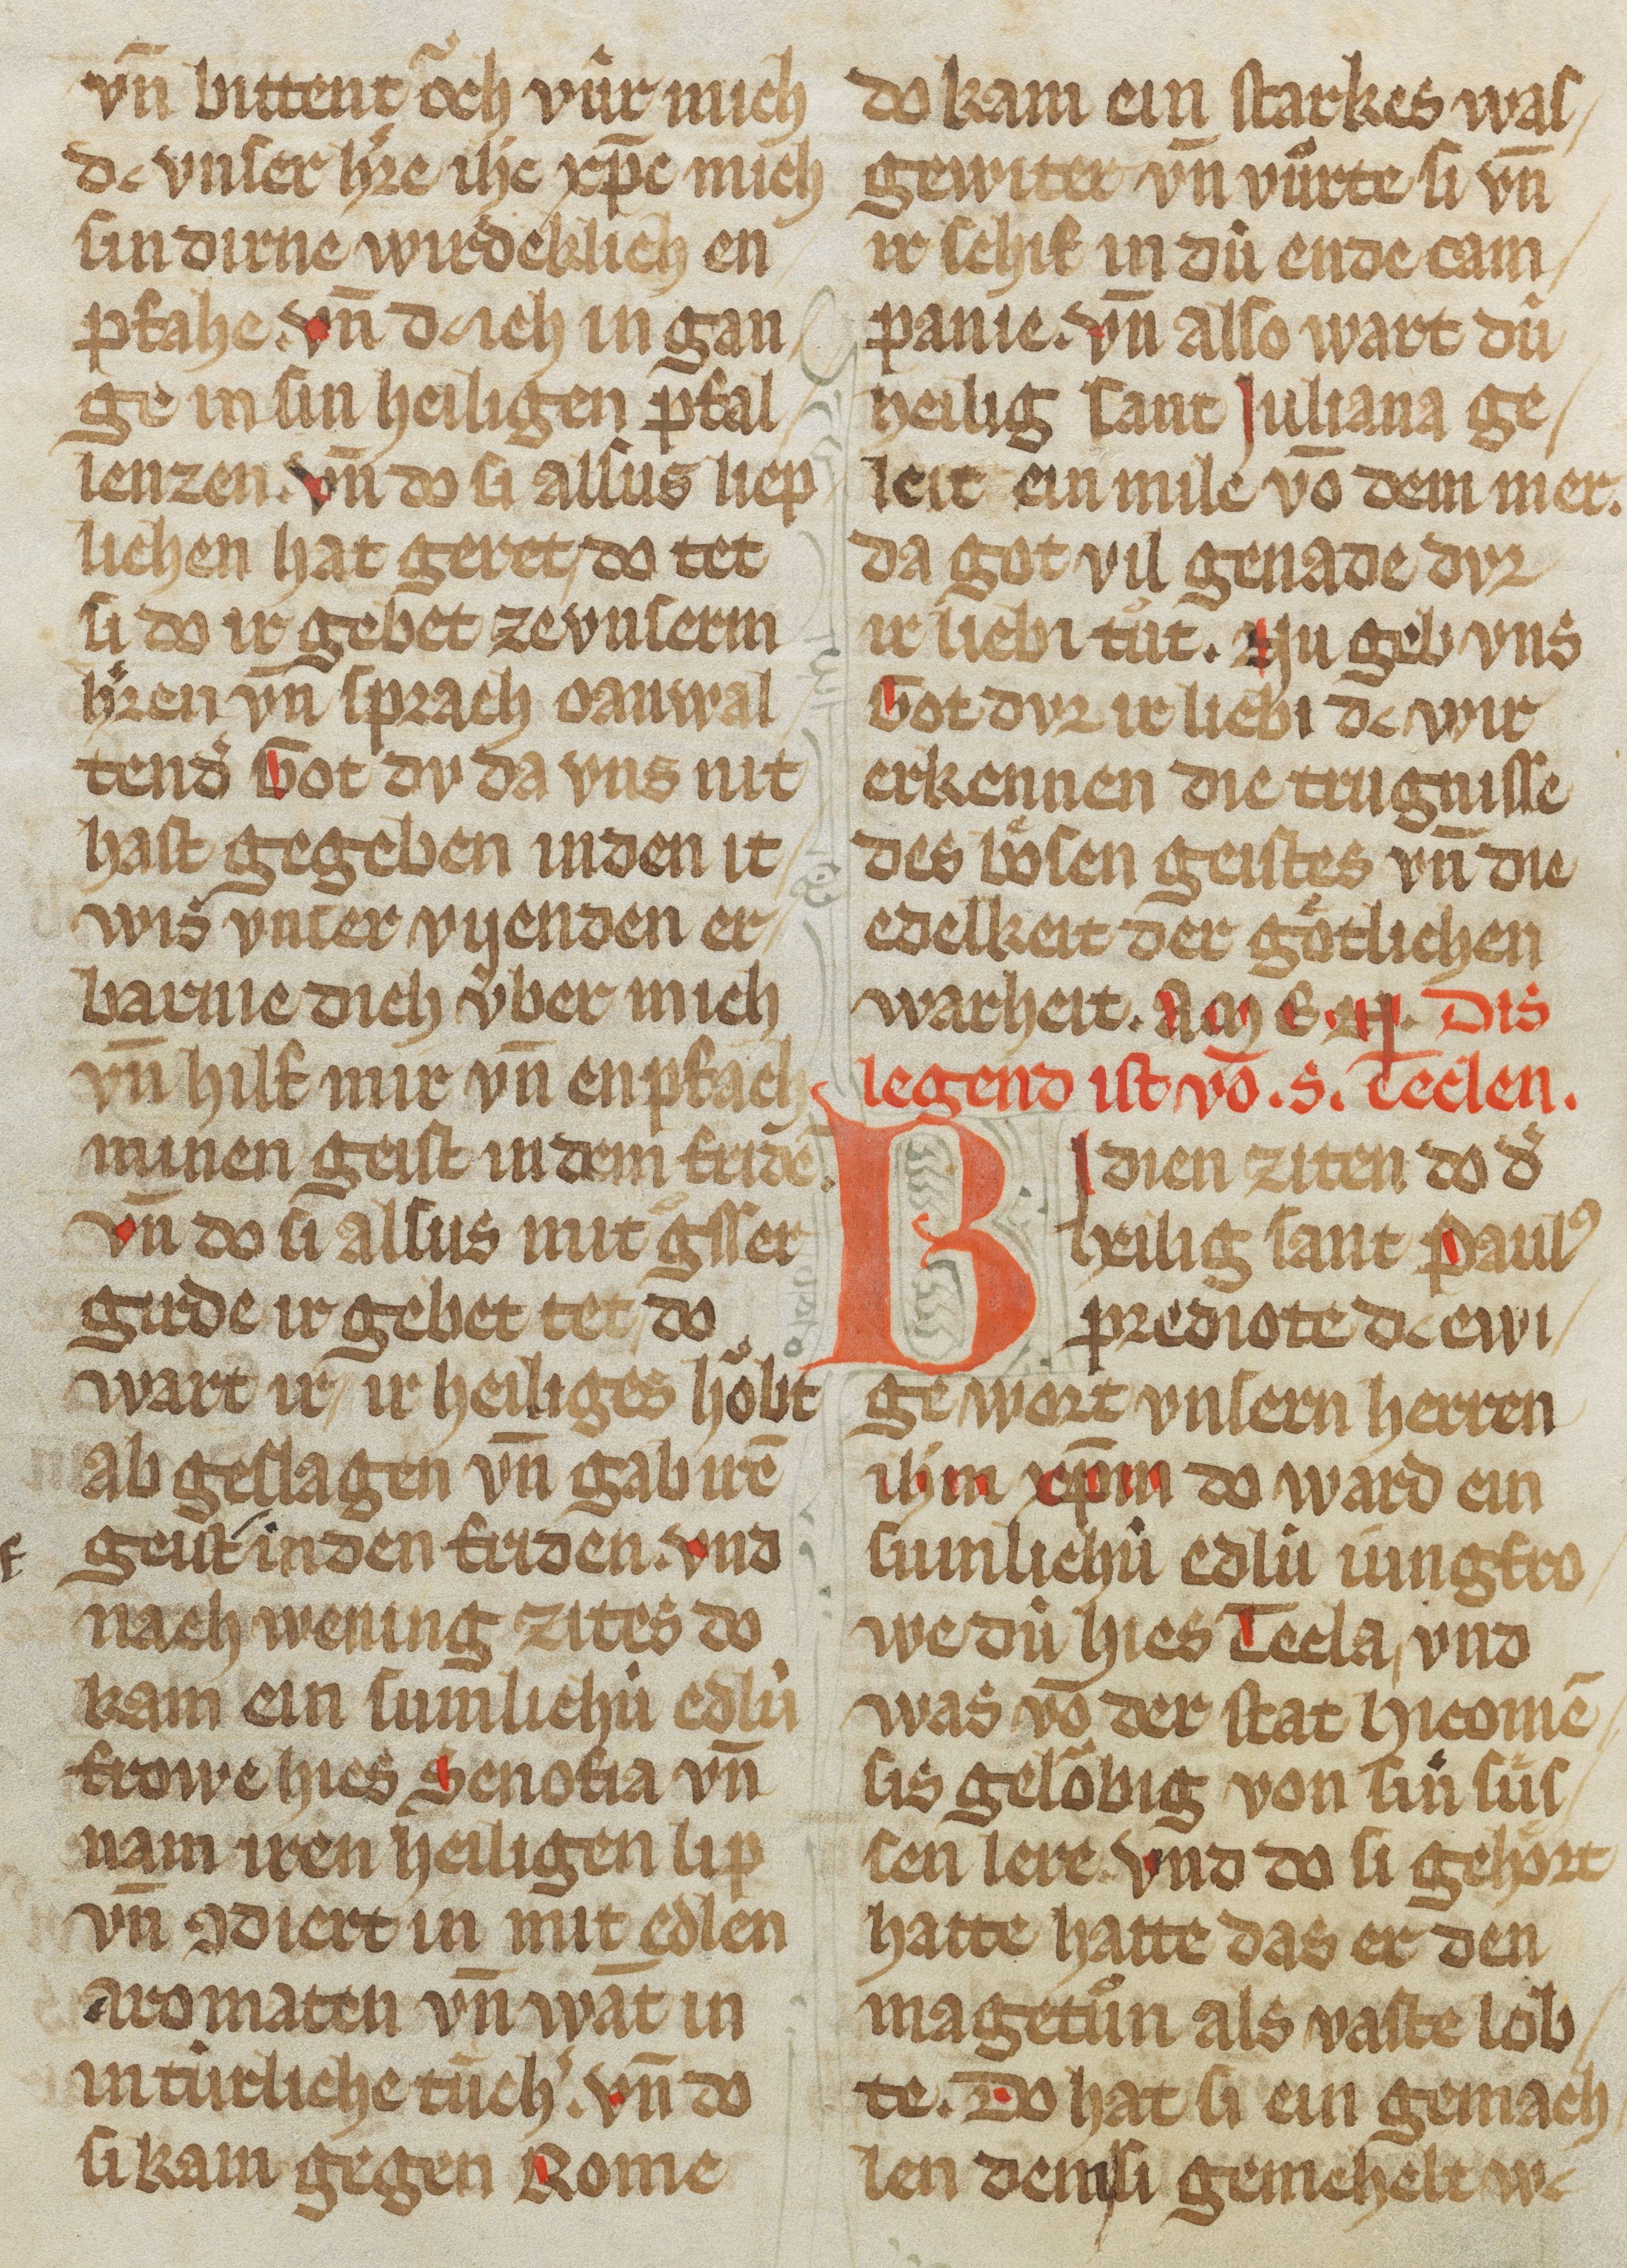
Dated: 1325–1349